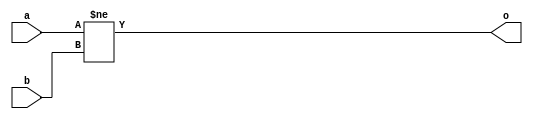
module basic_compare_ne(input [1:0] a, input[1:0] b, output o);
	assign o = a != b;
endmodule